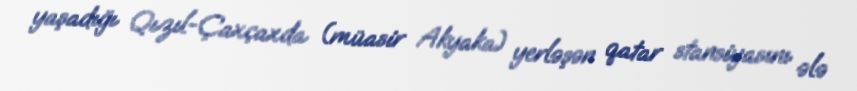
yaşadığı Qızıl-Çaxçaxda (müasir Akyaka) yerləşən qatar stansiyasını ələ